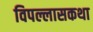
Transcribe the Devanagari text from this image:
विपल्लासकथा